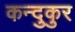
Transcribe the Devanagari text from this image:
कन्दुकुर